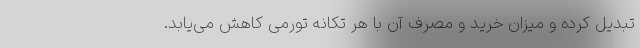
تبدیل کرده و میزان خرید و مصرف آن با هر تکانه تورمی کاهش می‌یابد.